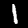
Digit: 1